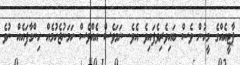
ޕާޓީއެއްގެ މީހުން ވެސް ބައިވެރިވެފައިވެ އެވެ. ނަމަވެސް އެއްވެސް ހަމަނުޖެހުމެއް ހިންގާފައެއް ނުވެ